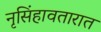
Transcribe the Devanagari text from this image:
नृसिंहावतारात